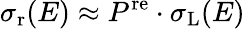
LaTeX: \sigma_{\mathrm{r}}(E)\approx P^{\mathrm{re}}\cdot\sigma_{\mathrm{L}}(E)